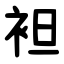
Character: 袒